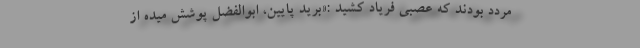
مردد بودند که عصبی فریاد کشید :«برید پایین، ابوالفضل پوشش میده از